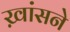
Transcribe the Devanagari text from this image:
ख़ांसने